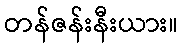
တန်ဇန်းနီးယား။